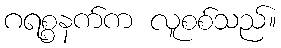
ဂရစ္စနက်က လူစစ်သည်။